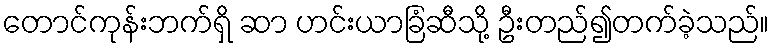
တောင်ကုန်းဘက်ရှိ ဆာ ဟင်းယာခြံဆီသို့ ဦးတည်၍တက်ခဲ့သည်။